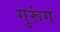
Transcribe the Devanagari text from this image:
गुरूंग